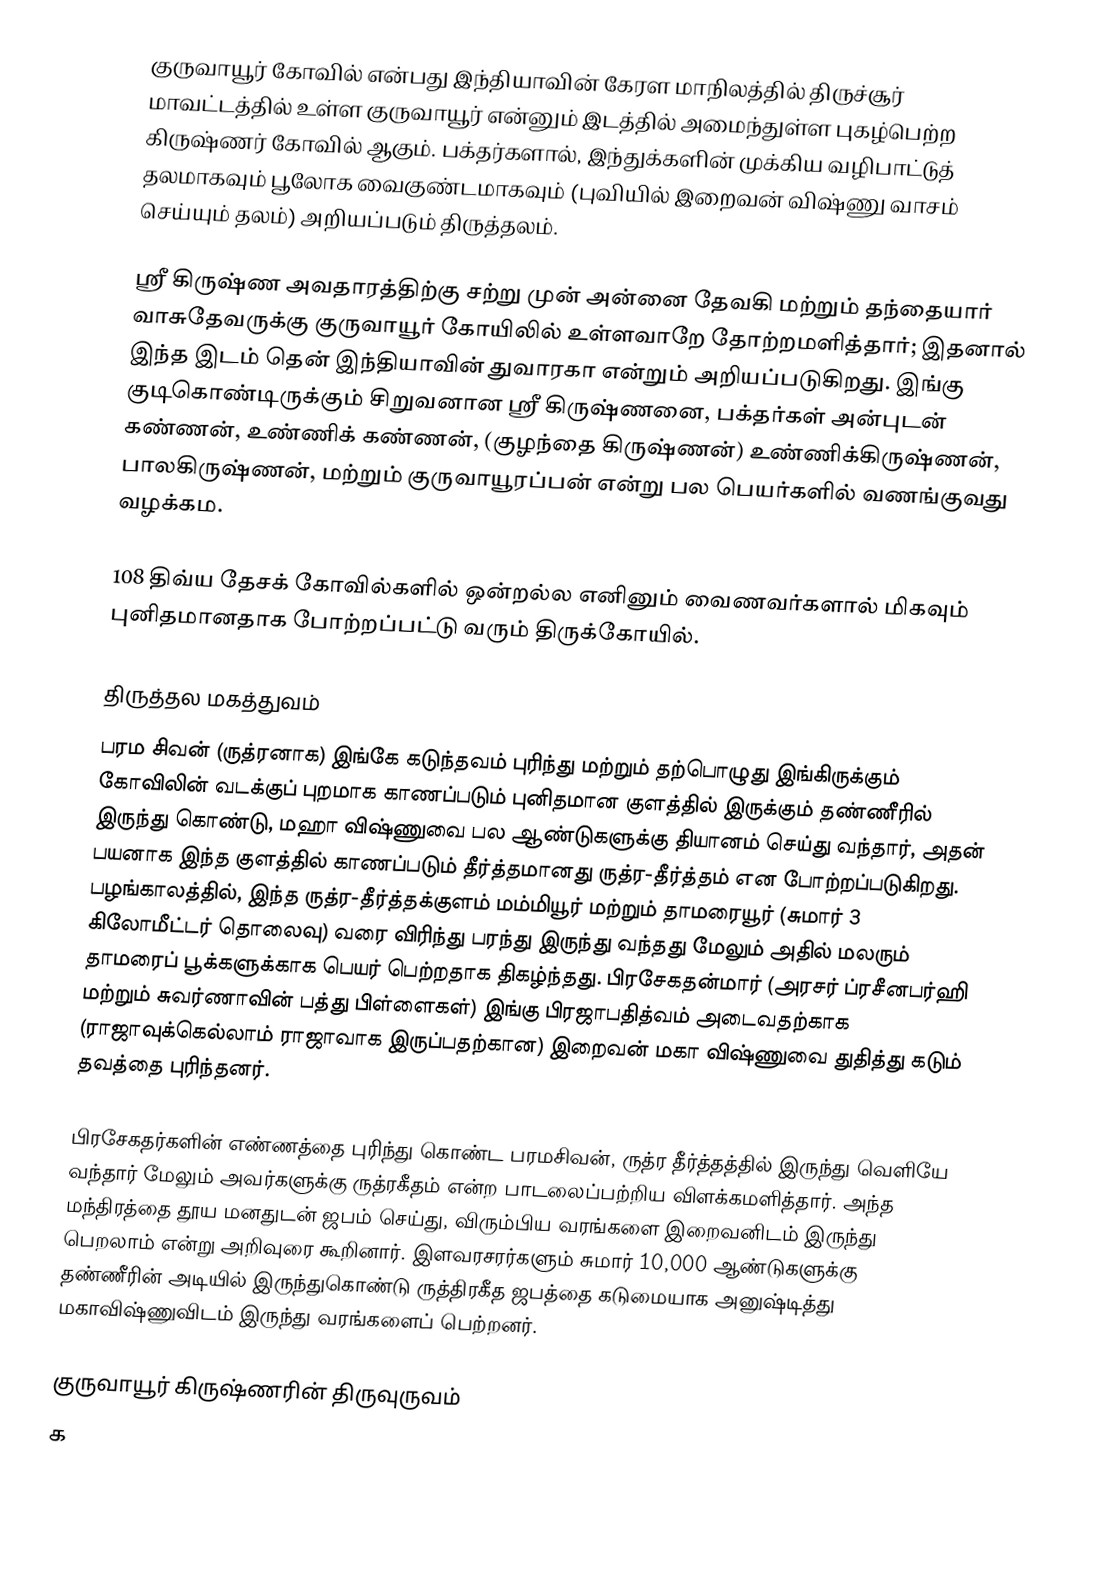
குருவாயூர் கோவில் என்பது இந்தியாவின் கேரள மாநிலத்தில் திருச்சூர் மாவட்டத்தில் உள்ள குருவாயூர் என்னும் இடத்தில் அமைந்துள்ள புகழ்பெற்ற கிருஷ்ணர் கோவில் ஆகும். பக்தர்களால், இந்துக்களின் முக்கிய வழிபாட்டுத் தலமாகவும் பூலோக வைகுண்டமாகவும் (புவியில் இறைவன் விஷ்ணு வாசம் செய்யும் தலம்) அறியப்படும் திருத்தலம்.

ஸ்ரீ கிருஷ்ண அவதாரத்திற்கு சற்று முன் அன்னை தேவகி மற்றும் தந்தையார் வாசுதேவருக்கு குருவாயூர் கோயிலில் உள்ளவாறே தோற்றமளித்தார்; இதனால் இந்த இடம் தென் இந்தியாவின் துவாரகா என்றும் அறியப்படுகிறது. இங்கு குடிகொண்டிருக்கும் சிறுவனான ஸ்ரீ கிருஷ்ணனை, பக்தர்கள் அன்புடன் கண்ணன், உண்ணிக் கண்ணன், (குழந்தை கிருஷ்ணன்) உண்ணிக்கிருஷ்ணன், பாலகிருஷ்ணன், மற்றும் குருவாயூரப்பன் என்று பல பெயர்களில் வணங்குவது வழக்கம.

108 திவ்ய தேசக் கோவில்களில் ஒன்றல்ல எனினும் வைணவர்களால் மிகவும் புனிதமானதாக போற்றப்பட்டு வரும் திருக்கோயில்.

திருத்தல மகத்துவம்
பரம சிவன் (ருத்ரனாக) இங்கே கடுந்தவம் புரிந்து மற்றும் தற்பொழுது இங்கிருக்கும் கோவிலின் வடக்குப் புறமாக காணப்படும் புனிதமான குளத்தில் இருக்கும் தண்ணீரில் இருந்து கொண்டு, மஹா விஷ்ணுவை பல ஆண்டுகளுக்கு தியானம் செய்து வந்தார், அதன் பயனாக இந்த குளத்தில் காணப்படும் தீர்த்தமானது ருத்ர-தீர்த்தம் என போற்றப்படுகிறது. பழங்காலத்தில், இந்த ருத்ர-தீர்த்தக்குளம் மம்மியூர் மற்றும் தாமரையூர் (சுமார் 3 கிலோமீட்டர் தொலைவு) வரை விரிந்து பரந்து இருந்து வந்தது மேலும் அதில் மலரும் தாமரைப் பூக்களுக்காக பெயர் பெற்றதாக திகழ்ந்தது. பிரசேகதன்மார் (அரசர் ப்ரசீனபர்ஹி மற்றும் சுவர்ணாவின் பத்து பிள்ளைகள்) இங்கு பிரஜாபதித்வம் அடைவதற்காக (ராஜாவுக்கெல்லாம் ராஜாவாக இருப்பதற்கான) இறைவன் மகா விஷ்ணுவை துதித்து கடும் தவத்தை புரிந்தனர்.

பிரசேகதர்களின் எண்ணத்தை புரிந்து கொண்ட பரமசிவன், ருத்ர தீர்த்தத்தில் இருந்து வெளியே வந்தார் மேலும் அவர்களுக்கு ருத்ரகீதம் என்ற பாடலைப்பற்றிய விளக்கமளித்தார். அந்த மந்திரத்தை தூய மனதுடன் ஜபம் செய்து, விரும்பிய வரங்களை இறைவனிடம் இருந்து பெறலாம் என்று அறிவுரை கூறினார். இளவரசரர்களும் சுமார் 10,000 ஆண்டுகளுக்கு தண்ணீரின் அடியில் இருந்துகொண்டு ருத்திரகீத ஜபத்தை கடுமையாக அனுஷ்டித்து மகாவிஷ்ணுவிடம் இருந்து வரங்களைப் பெற்றனர்.

குருவாயூர் கிருஷ்ணரின் திருவுருவம்
க